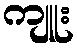
ကျူး